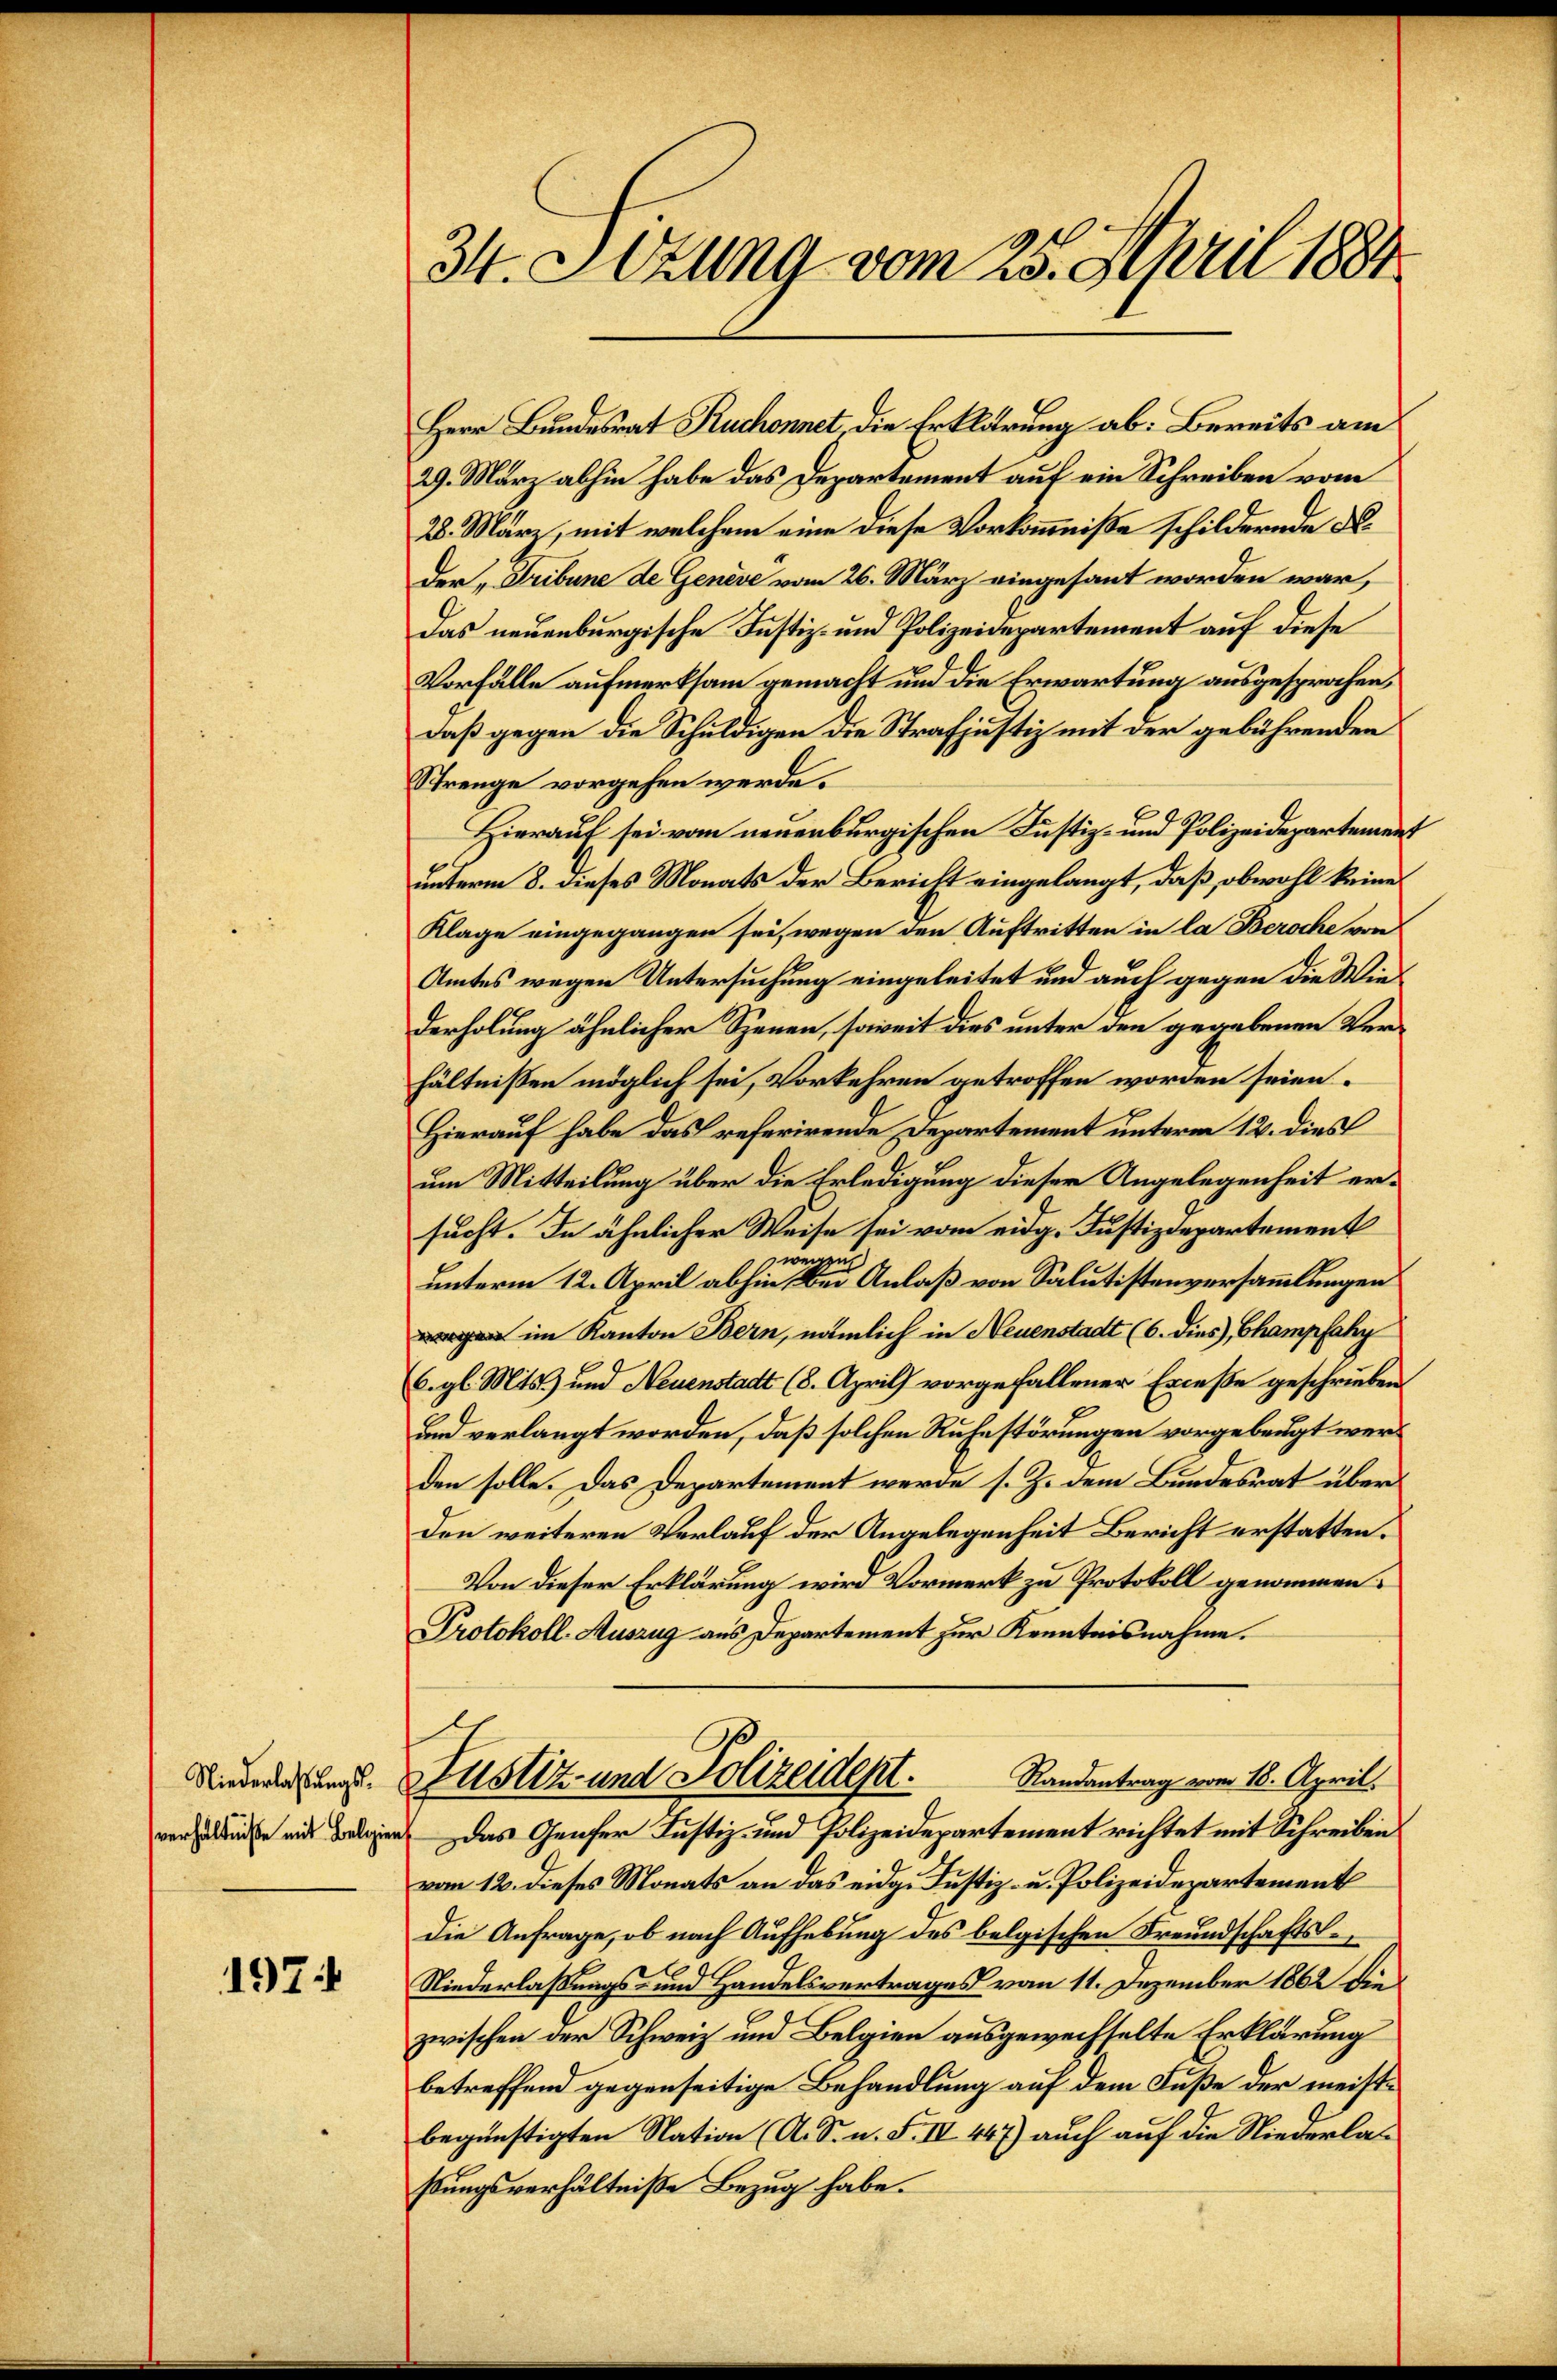
Niederlaßungsverhältniße mit Belgien

197

34. Sizung vom 25. April 1884.

Herr Bundesrat Ruchonnet die Erklärung ab: Bereits am
29. März abhin habe das Departement auf ein Schreiben vom
28. März, mit welchem eine diese Vorkommnisse schildernde K.
Der „Tribune de Genève vom 26. März eingesant worden war,
Das neuenburgische Justiz- und Polizeidepartement auf diese
Vorfälle aufmerksam gemacht und die Erwartung ausgesprochen,
daß gegen die Schuldigen die Strafjustiz mit der gebührenden
Strenge vorgehen werde.
Hierauf sei vom neuenburgischen Justiz- und Polizeidepartemen
unterm 8. dieses Monats der Bericht eingelangt, daß, obwohl keine
Klage eingegangen sei, wegen den Auftritten in la Beroche von
Amtes wegen Untersuchung eingeleitet und auch gegen die Wiederholung ähnlicher Szenen, soweit dies unter den gegebenen Verhältnissen möglich sei, Vorkehren getroffen worden seien.
Hierauf habe das referirende Departement unterm 12. dies
um Mitteilung über die Erledigung dieser Angelegenheit ersucht. In ähnlicher Weise sei vom eidg. Justizdepartement
zweitze.
unterm 12. April abhin Bei Anlaß von Salutistenversammlungen
g im Kanton Bern, nämlich in Neuenstadt (6. dies Champfahy
6. gl. Mts. und Neuenstadt (8. April) vorgefallener Exceße geschrieben.
und verlangt worden, daß solchen Ruhestörungen vorgebeugt werden solle. Das Departement werde s. Z. dem Bundesrat über
den weiteren Verlauf der Angelegenheit Bericht erstatten.
Von dieser Erklärung wird Vormerk zu Protokoll genommen:
Protokoll-Auszug aus Departement zur Kenntnisnahme.
Randantrag vom 18. April.
Justiz- und Polizeidept.
Das Genfer Justiz- und Polizeidepartement richtet mit Schreiben
vom 12. dieses Monats an das eidg. Justiz- u. Polizeidepartement
die Anfrage, ob nach Aufhebung des belgischen Freundschafts¬
C
Niederlaßungs- und Handelsvertrages vom 11. Dezember 1862 die
zwischen der Schweiz und Belgien ausgewechselte Erklärung
betreffend gegenseitige Behandlung auf dem Fuße der meistbegünstigten Nation (A. S. n. F. IV 447) auch auf die Niederlaßungsverhältniße Bezug habe.